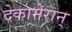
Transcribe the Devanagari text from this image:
देकामेरान्